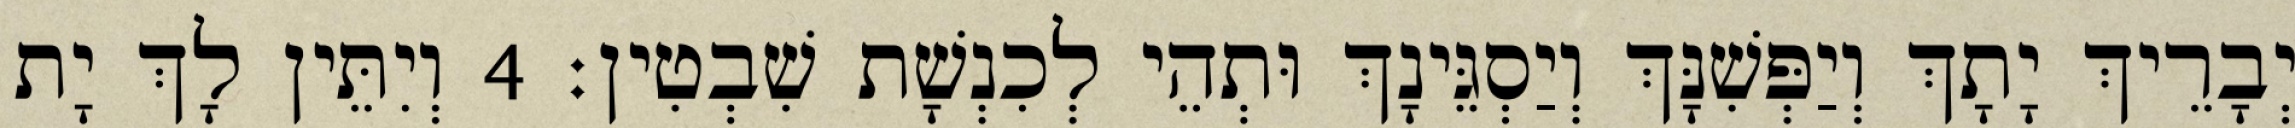
יְבָרֵיךְ יָתָךְ וְיַפְּשִׁנָּךְ וְיַסְגֵּינָךְ וּתְהֵי לְכִנְשָׁת שִׁבְטִין׃ 4 וְיִתֵּין לָךְ יָת